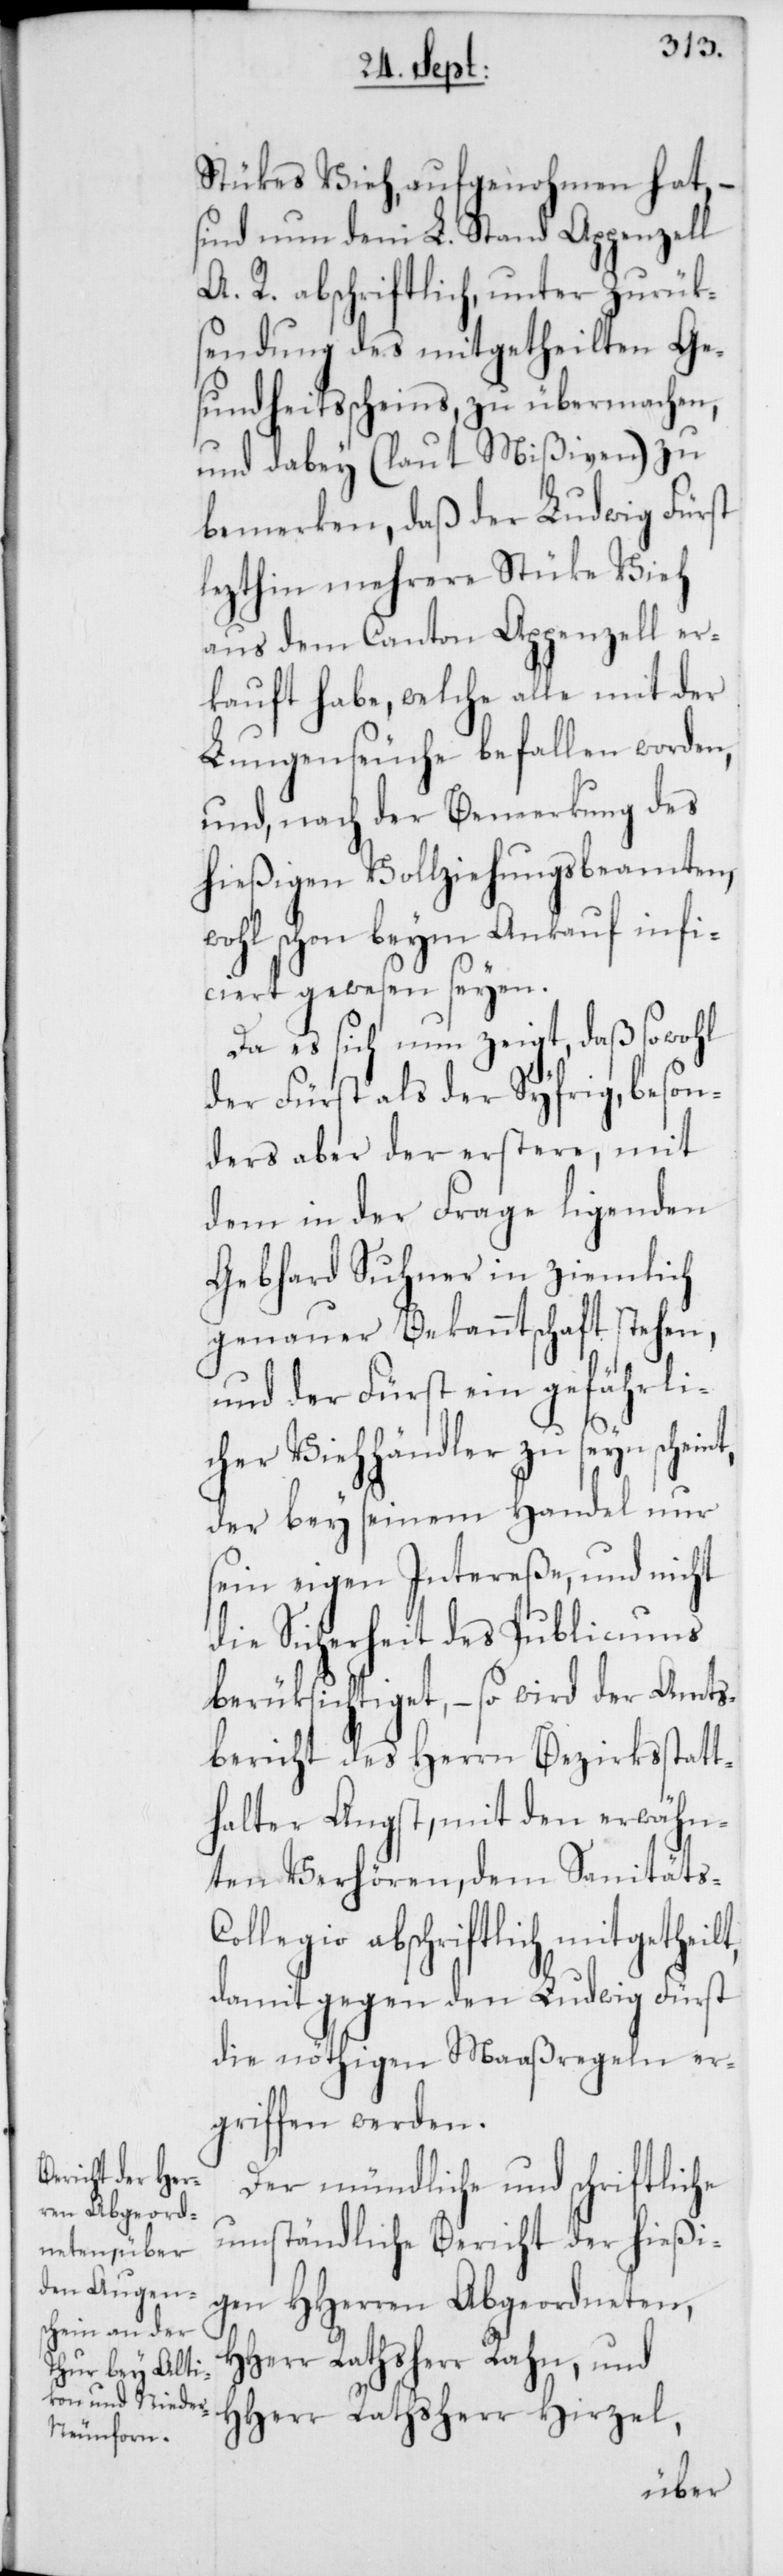
t,
Stükes Vieh, aufgenohmen hat,
sind nun dem L. Stand Appenzell
A. R. abschriftlich, unter Zurük¬
sendung des mitgetheilten Ge¬
sundheitsscheins, zu übermachen,
und dabey (laut Mißiven) zu
bemerken, daß der Ludwig Fürst
lezthin mehrere Stüke Vieh
aus dem Canton Appenzell er¬
kauft habe, welche alle mit der
Lungenseuche befallen worden,
und, nach der Bemerkung des
hießigen Vollziehungsbeamten,
wohl schon beym Ankauf infi¬
ciert gewesen seyen.
Da es sich nun zeigt, daß sowohl
der Fürst als der Syfrig, beson¬
ders aber der erstere, mit
dem in der Frage ligenden
Gebhard Suhner in ziemlich
genauer Bekanntschaft stehen,
und der Fürst ein gefährli¬
cher Viehhändler zu seyn schein¬
der bey seinem Handel nur
seyn eigen Intereße, und nicht
die Sicherheit des Publicums
berüksichtiget, – so wird der Amts¬
bericht des Herrn Bezirksstatt¬
halter Angst, mit den erwähn¬
ten Verhören, dem Sanitäts-C¬
ollegio abschriftlich mitgetheilt,
damit gegen den Ludwig Fürst
die nöthigen Maaßregeln er¬
griffen werden.
Der mündliche und schriftliche
umständliche Bericht der hießi¬
gen HHerren Abgeordneten,
HHerr Rathsherr Rahn, und
HHerr Rathsherr Hirzel,